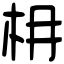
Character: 枏